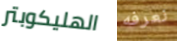
الهليكوبتر نعرفه